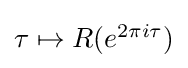
\textstyle \tau \mapsto R(e^{2\pi i\tau })